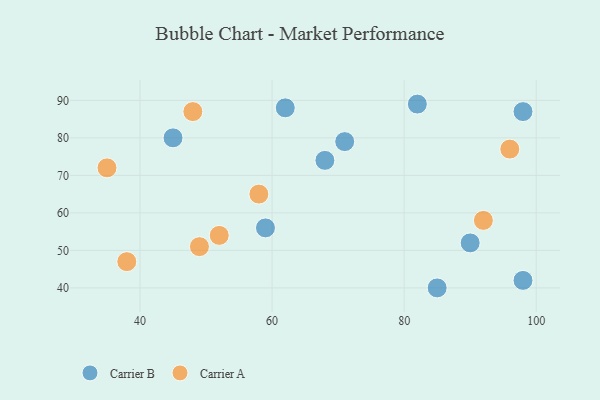
{"axis": {"x": "GDP", "y": "Life Expectancy"}, "legend": ["Carrier A", "Carrier B"], "data": [{"x": "62", "y": 88, "type": "Carrier B"}, {"x": "85", "y": 40, "type": "Carrier B"}, {"x": "98", "y": 42, "type": "Carrier B"}, {"x": "98", "y": 87, "type": "Carrier B"}, {"x": "45", "y": 80, "type": "Carrier B"}, {"x": "59", "y": 56, "type": "Carrier B"}, {"x": "82", "y": 89, "type": "Carrier B"}, {"x": "90", "y": 52, "type": "Carrier B"}, {"x": "68", "y": 74, "type": "Carrier B"}, {"x": "71", "y": 79, "type": "Carrier B"}, {"x": "49", "y": 51, "type": "Carrier A"}, {"x": "48", "y": 87, "type": "Carrier A"}, {"x": "35", "y": 72, "type": "Carrier A"}, {"x": "58", "y": 65, "type": "Carrier A"}, {"x": "92", "y": 58, "type": "Carrier A"}, {"x": "52", "y": 54, "type": "Carrier A"}, {"x": "38", "y": 47, "type": "Carrier A"}, {"x": "96", "y": 77, "type": "Carrier A"}]}